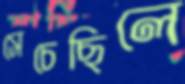
সেচেছিলে